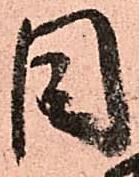
目